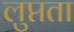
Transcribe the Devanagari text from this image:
लुप्तता